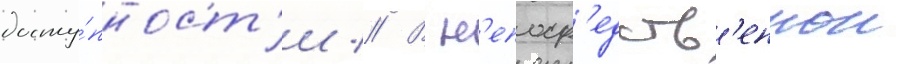
досту́пност'и // В н'епоср'едств'еннои